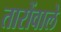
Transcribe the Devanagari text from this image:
तारोंवाले